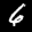
Label: 6